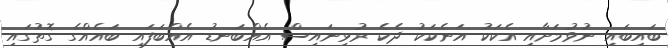
ބައިބައި ނުވުމަށާއި އެކަކު އަނެކަކު ދެކެ ރުޅިނައިސް އެއްބަނޑު އެއްބަފައި ބައެއްގެ ގޮތުގައި